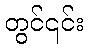
တွင်၎င်း